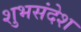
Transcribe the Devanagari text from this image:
शुभसंदेश